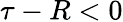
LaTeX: \tau-R<0